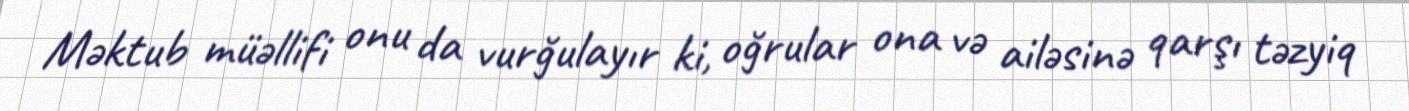
Məktub müəllifi onu da vurğulayır ki, oğrular ona və ailəsinə qarşı təzyiq